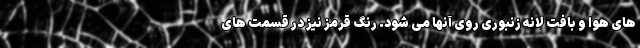
های هوا و بافت لانه زنبوری روی آنها می شود. رنگ قرمز نیز در قسمت های